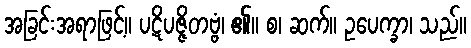
အခြင်းအရာဖြင့်။ ပဋိပဇ္ဇိတဗ္ဗံ၊ ၏။ စ၊ ဆက်။ ဥပေက္ခာ၊ သည်။